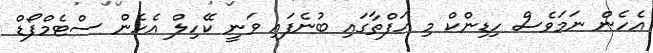
އެހެން ނަމަވެސް ހިޑިންކް މި ހަފްތާގައި ބުނެފައި ވަނީ ކޭހިލް އެހެން ސްޓެމްފޯޑް